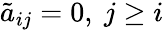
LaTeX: \tilde{a}_{ij}=0,~j\ge i